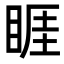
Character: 睚